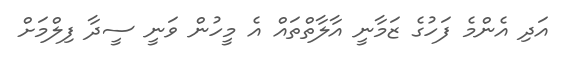
އަދި އެންމެ ފަހުގެ ޒަމާނީ އާލާތްތައް އެ މީހުން ވަނީ ސީދާ ފިލްމަށް